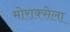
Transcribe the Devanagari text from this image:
मोराक्सेला